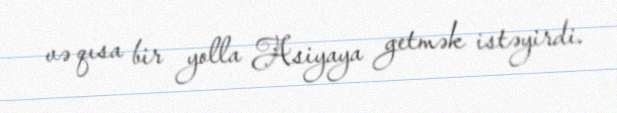
və qısa bir yolla Asiyaya getmək istəyirdi.